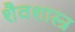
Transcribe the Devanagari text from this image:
शैवशास्त्र